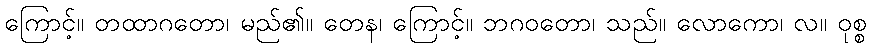
ကြောင့်။ တထာဂတော၊ မည်၏။ တေန၊ ကြောင့်။ ဘဂဝတော၊ သည်။ လောကော၊ လ။ ဝုစ္စ